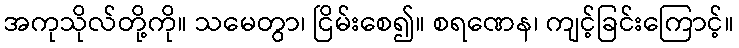
အကုသိုလ်တို့ကို။ သမေတွာ၊ ငြိမ်းစေ၍။ စရဏေန၊ ကျင့်ခြင်းကြောင့်။